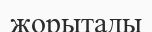
жорытады